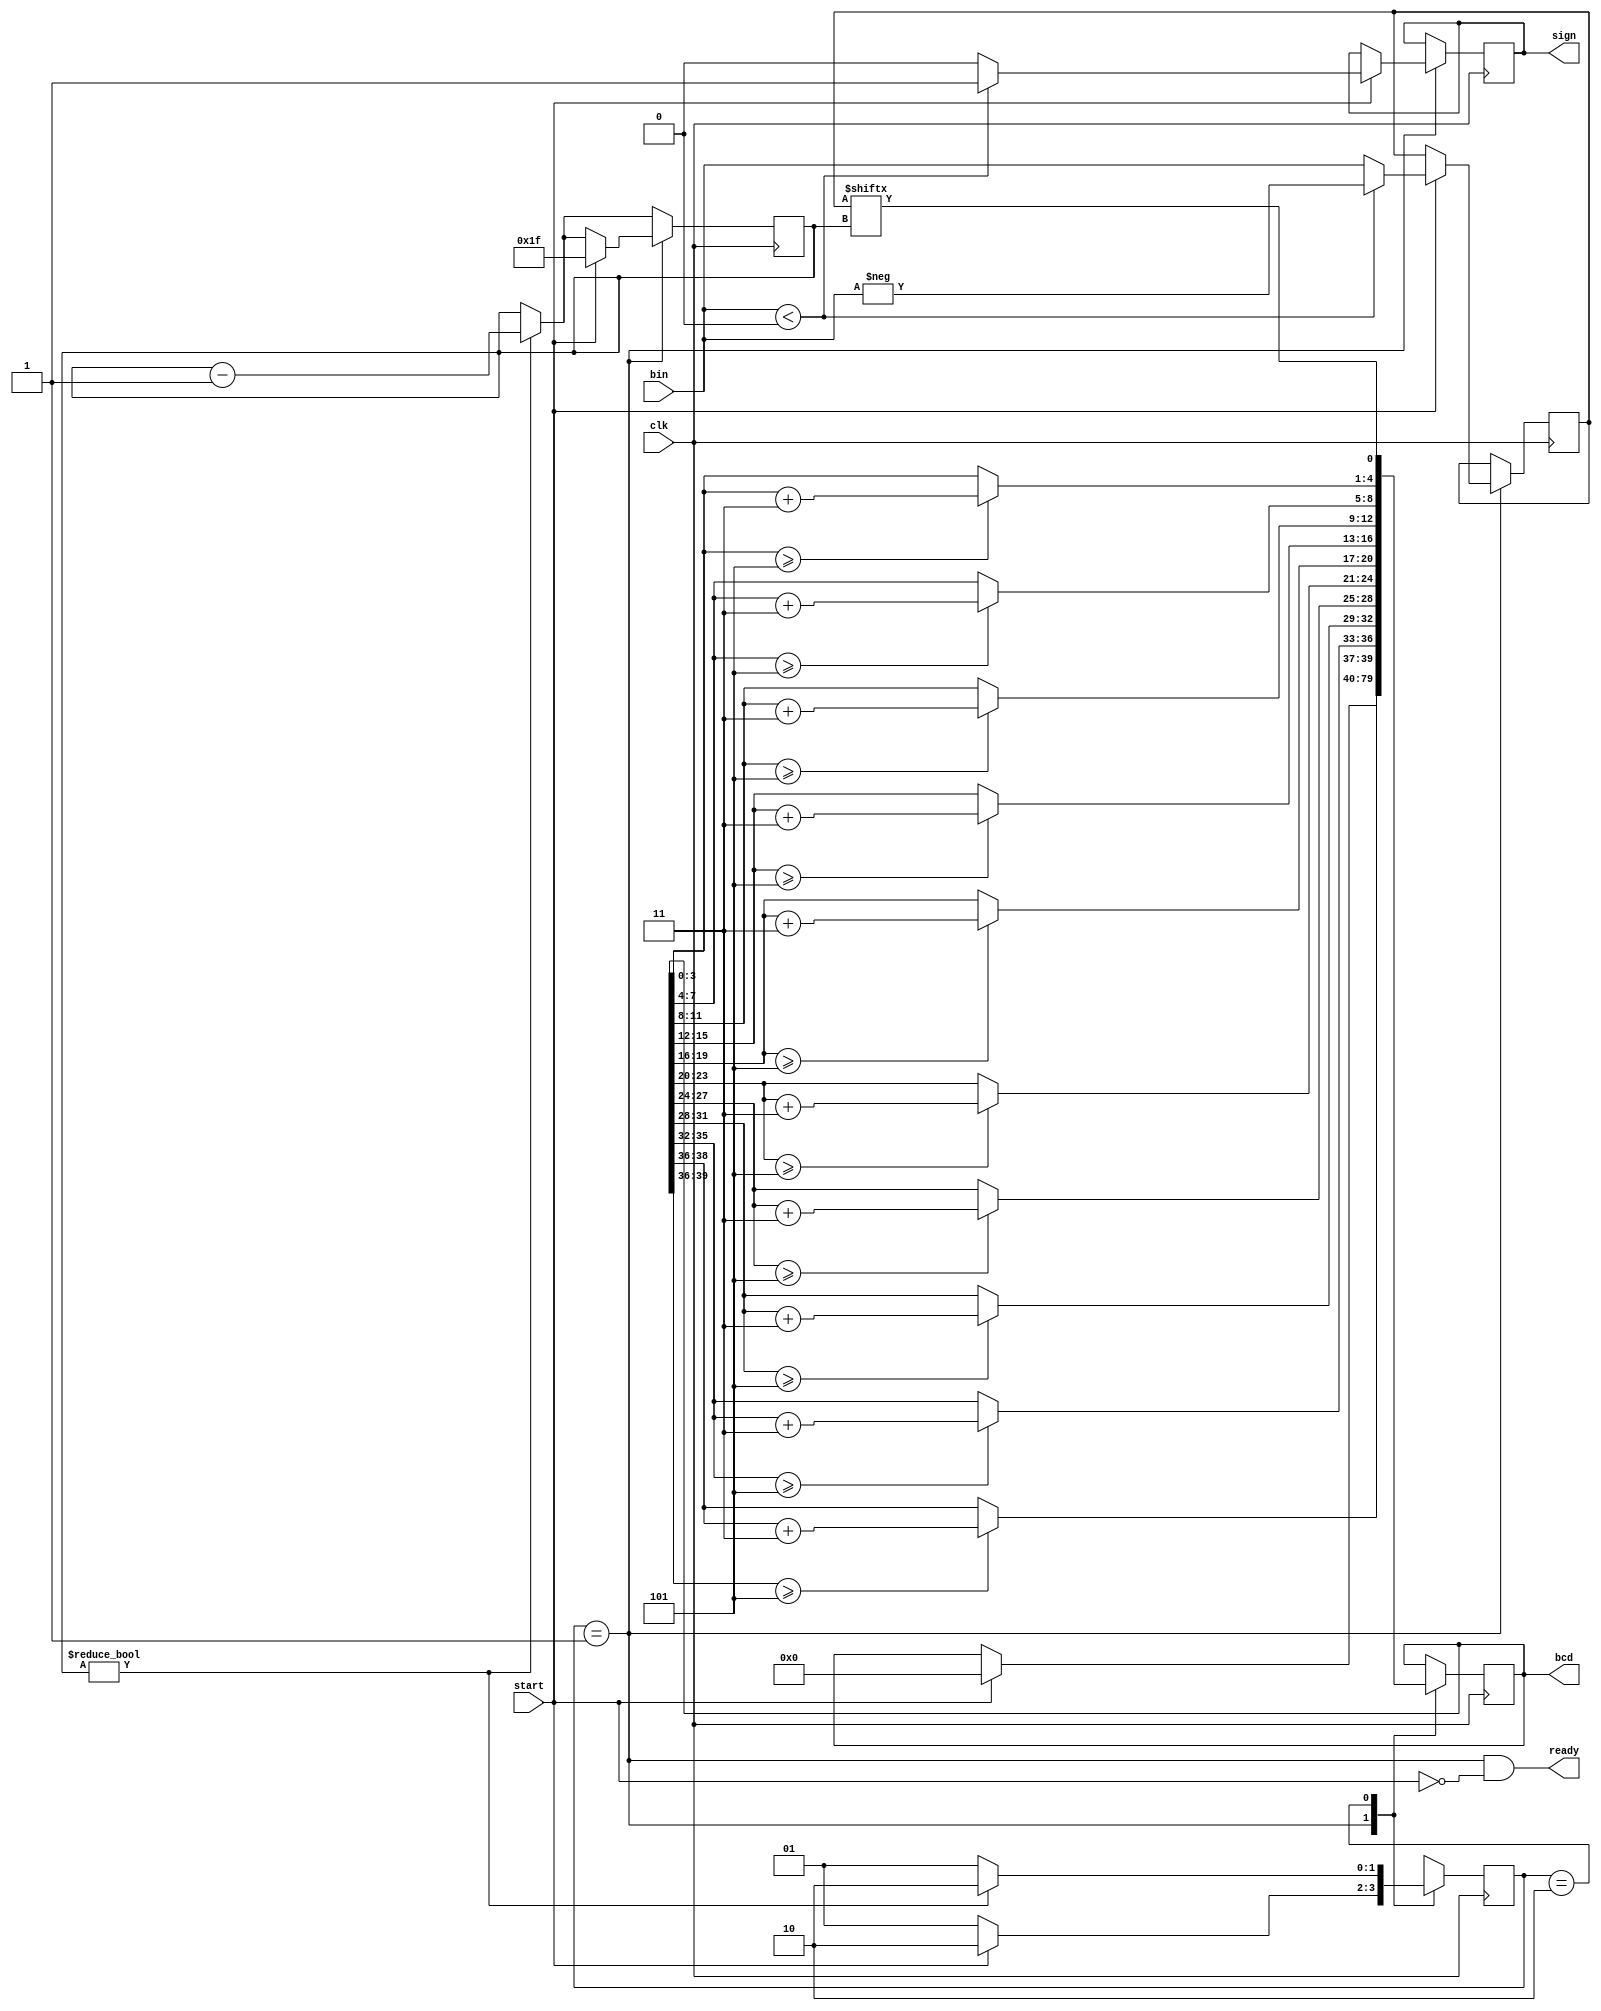
`timescale 1ns / 1ps

//commands:
// 4'h0 - NOP
// 4'h1 - SCROLL
// 4'h2 - NUMBER

module bin_to_bcd(
    input clk,
    input start,
    input signed [31:0] bin,
    output reg [39:0] bcd,
    output reg sign,
    output ready
    );


localparam UNDEF        = 2'bxx;
localparam READY        = 2'b1 << 0;
localparam DABBLE       = 2'b1 << 1;

reg [1:0] state = READY;
reg [7:0] countdown;
reg [31:0] num;

wire [39:0] bcd_plus3;
genvar i;
generate
    for (i=0; i<10; i=i+1) begin: gen_plus3
        assign bcd_plus3[4*i+3:4*i] = bcd[4*i+3:4*i] >= 5 ? bcd[4*i+3:4*i] + 3 : bcd[4*i+3:4*i];
    end
endgenerate

assign ready = (state == READY && !start);

always @(posedge clk) begin
    if (countdown != 0)
        countdown <= countdown - 1;
    case(state)
        READY:
            if(start) begin
                if (bin < 0) begin
                    num <= -bin;
                    sign <= 1;
                end else begin
                    num <= bin;
                    sign <= 0;
                end
                bcd <= 0;
                state <= DABBLE;
                countdown <= 31;
            end else
                state <= READY;
        DABBLE: begin
            bcd <= {bcd_plus3[38:0], num[countdown]};
            if (countdown != 0)
                state <= DABBLE;
            else
                state <= READY;
        end
        default: state <= UNDEF;
    endcase
end

endmodule